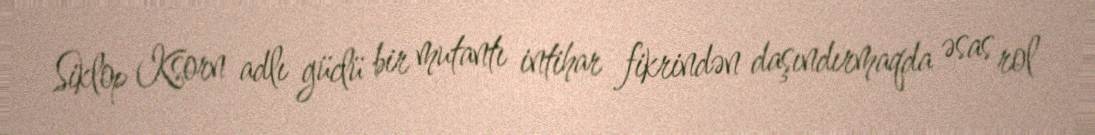
Siklop Ksorn adlı güclü bir mutantı intihar fikrindən daşındırmaqda əsas rol